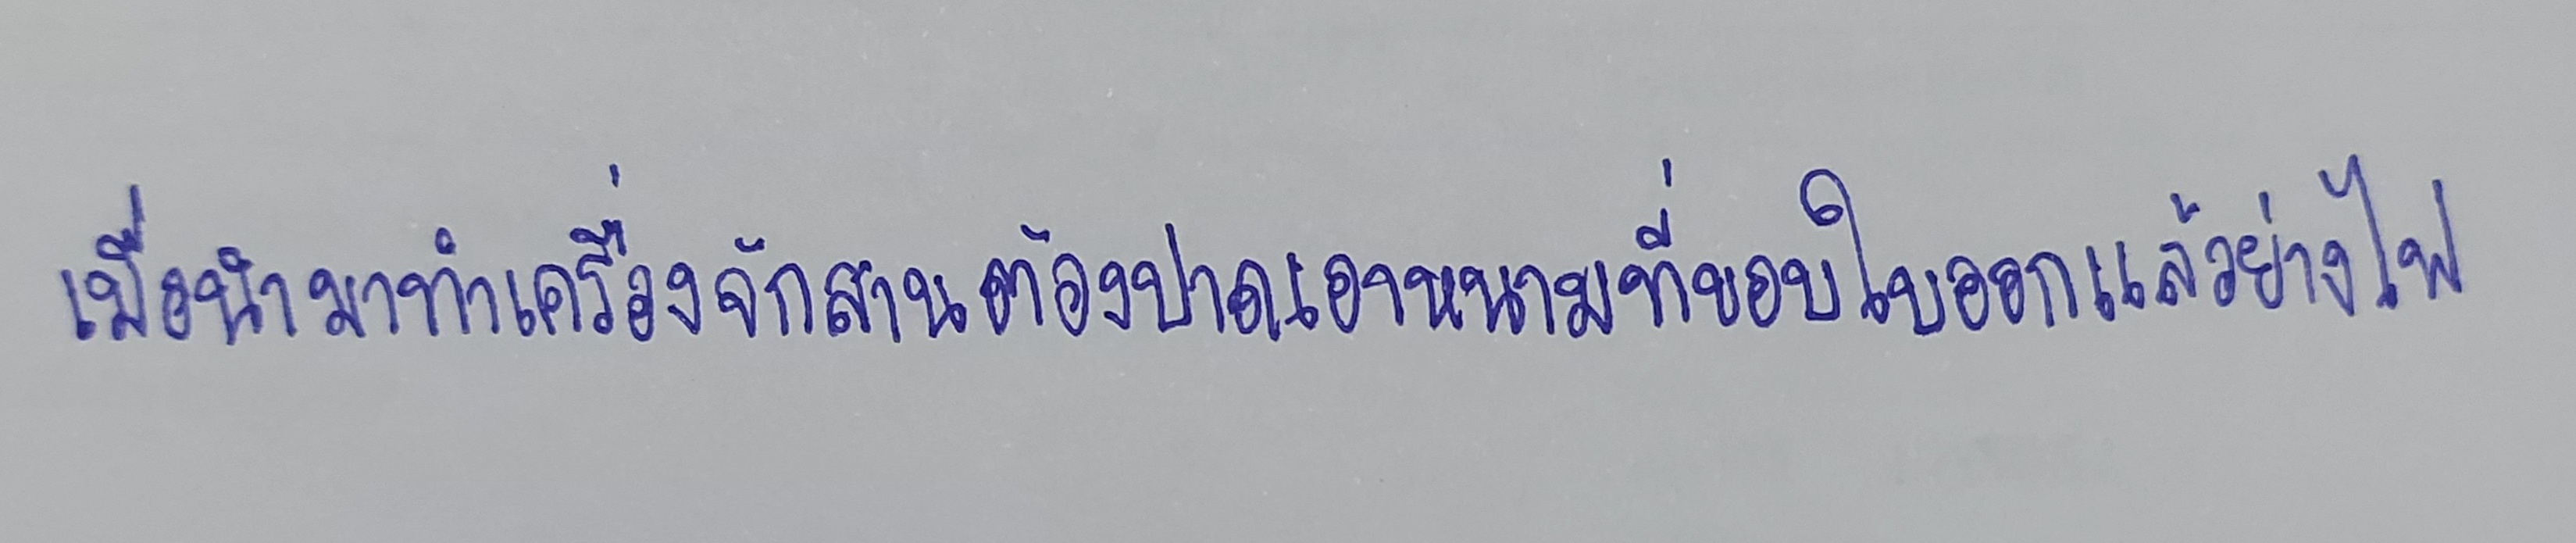
เมื่อนำมาทำเครื่องจักสานต้องปาดเอาหนามที่ขอบใบออกแล้วย่างไฟ